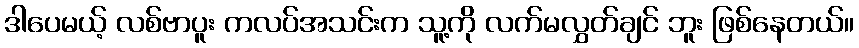
ဒါပေမယ့် လစ်ဗာပူး ကလပ်အသင်းက သူ့ကို လက်မလွှတ်ချင် ဘူး ဖြစ်နေတယ်။